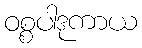
ဝစ္စပါဒုကာယ